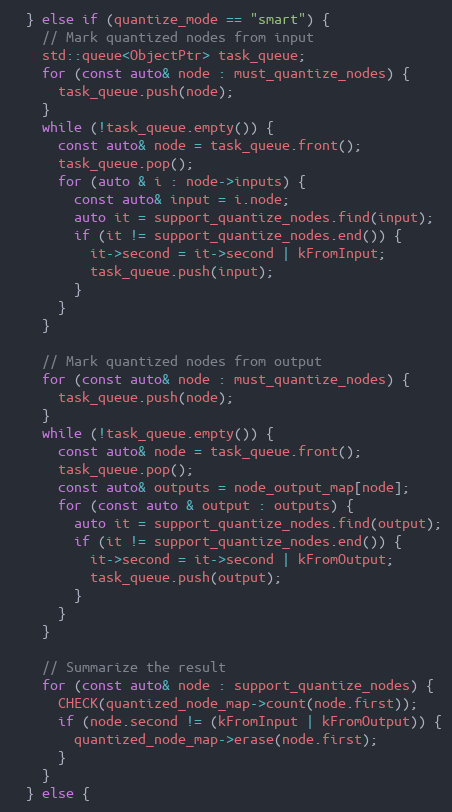
Language: C++
  } else if (quantize_mode == "smart") {
    // Mark quantized nodes from input
    std::queue<ObjectPtr> task_queue;
    for (const auto& node : must_quantize_nodes) {
      task_queue.push(node);
    }
    while (!task_queue.empty()) {
      const auto& node = task_queue.front();
      task_queue.pop();
      for (auto & i : node->inputs) {
        const auto& input = i.node;
        auto it = support_quantize_nodes.find(input);
        if (it != support_quantize_nodes.end()) {
          it->second = it->second | kFromInput;
          task_queue.push(input);
        }
      }
    }

    // Mark quantized nodes from output
    for (const auto& node : must_quantize_nodes) {
      task_queue.push(node);
    }
    while (!task_queue.empty()) {
      const auto& node = task_queue.front();
      task_queue.pop();
      const auto& outputs = node_output_map[node];
      for (const auto & output : outputs) {
        auto it = support_quantize_nodes.find(output);
        if (it != support_quantize_nodes.end()) {
          it->second = it->second | kFromOutput;
          task_queue.push(output);
        }
      }
    }

    // Summarize the result
    for (const auto& node : support_quantize_nodes) {
      CHECK(quantized_node_map->count(node.first));
      if (node.second != (kFromInput | kFromOutput)) {
        quantized_node_map->erase(node.first);
      }
    }
  } else {